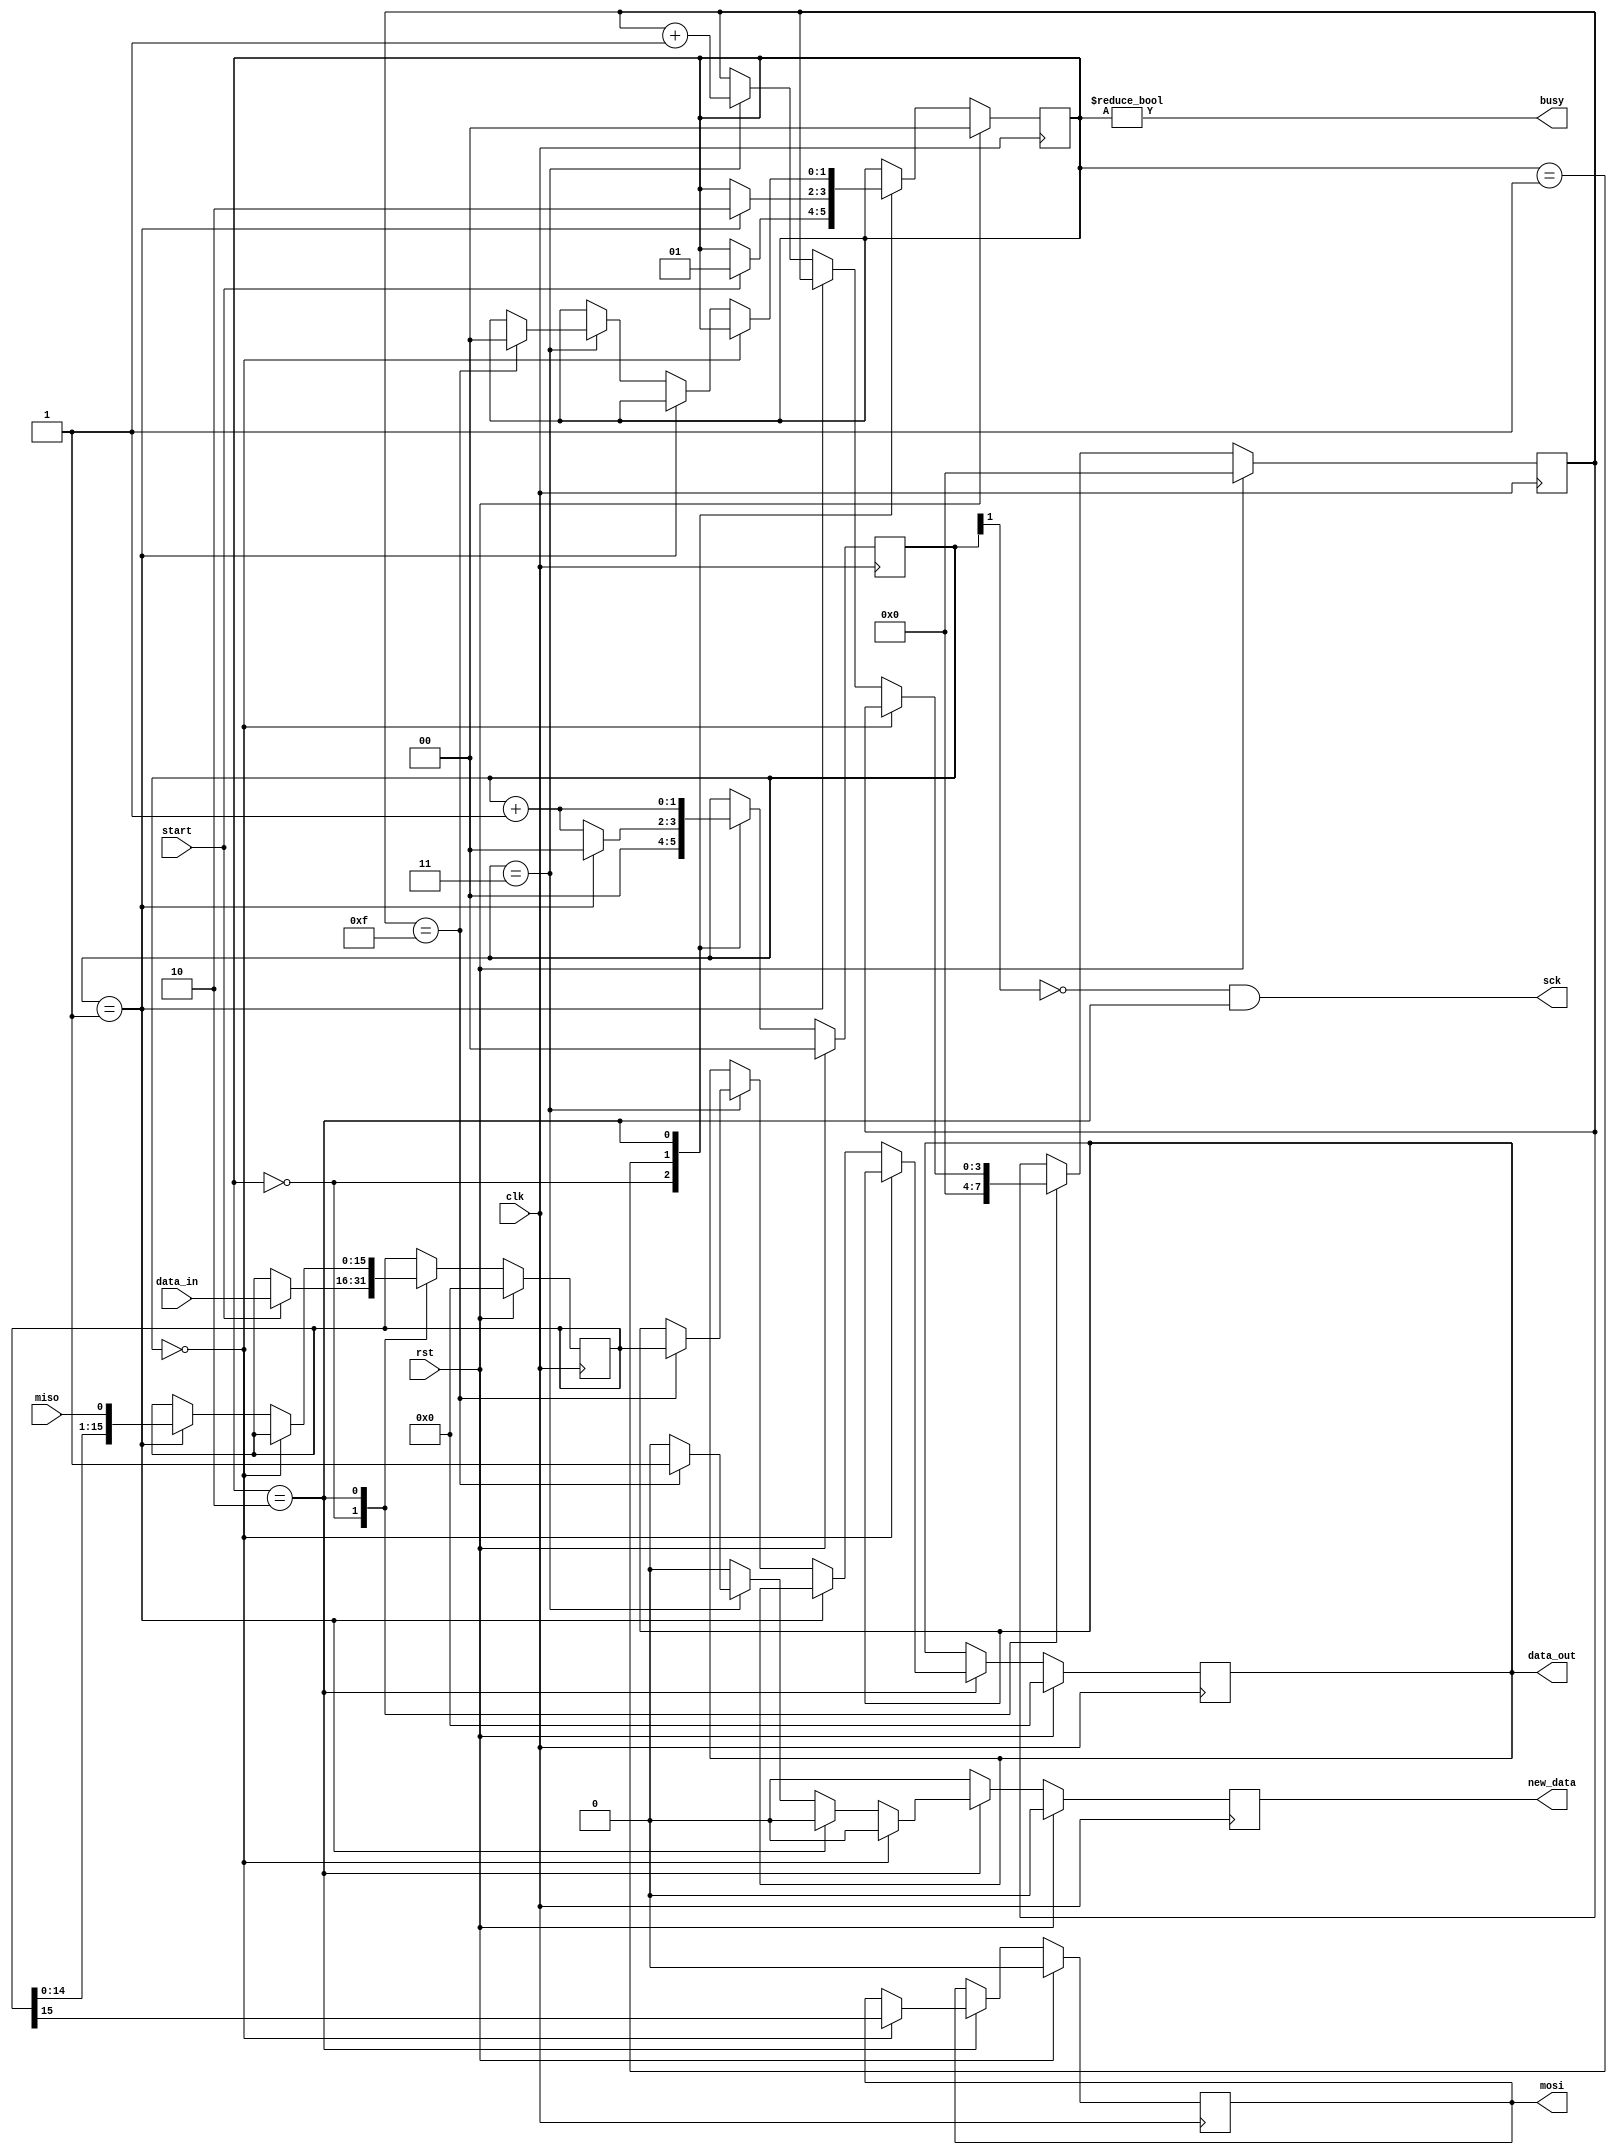
module spi_master #(parameter CLK_DIV = 2, DATA_WIDTH = 16)(
    input clk,
    input rst,
    input miso,
    output mosi,
    output sck,
    input start,
    input[DATA_WIDTH-1:0] data_in,
    output[DATA_WIDTH-1:0] data_out,
    output busy,
    output new_data
  );
   
  localparam STATE_SIZE = 2;
  localparam BIT_CNT_WIDTH=$clog2(DATA_WIDTH);
  
  localparam IDLE = 2'd0,
				 WAIT_HALF = 2'd1,
				 TRANSFER = 2'd2;
   
  reg [STATE_SIZE-1:0] state_d, state_q;
   
  reg [DATA_WIDTH-1:0] data_d, data_q;
  reg [CLK_DIV-1:0] sck_d, sck_q;
  reg mosi_d, mosi_q;
  reg [BIT_CNT_WIDTH-1:0] ctr_d, ctr_q;
  reg new_data_d, new_data_q;
  reg [DATA_WIDTH-1:0] data_out_d, data_out_q;
   
  assign mosi = mosi_q;
  assign sck = (~sck_q[CLK_DIV-1]) & (state_q == TRANSFER);
  assign busy = state_q != IDLE;
  assign data_out = data_out_q;
  assign new_data = new_data_q;
   
  always @(*) begin
    sck_d = sck_q;
    data_d = data_q;
    mosi_d = mosi_q;
    ctr_d = ctr_q;
    new_data_d = 1'b0;
    data_out_d = data_out_q;
    state_d = state_q;
     
    case (state_q)
	 
      IDLE: begin
        sck_d = 4'b0;              // reset clock counter
        ctr_d = {BIT_CNT_WIDTH{1'b0}};              // reset bit counter
        if (start == 1'b1) begin   // if start command
          data_d = data_in;        // copy data to send
          state_d = WAIT_HALF;     // change state
        end
      end
		
      WAIT_HALF: begin
        sck_d = sck_q + 1'b1;                  // increment clock counter
        if (sck_q == {CLK_DIV-1{1'b1}}) 
		  begin  // if clock is half full (about to fall)
          sck_d = 1'b0;                        // reset to 0
          state_d = TRANSFER;                  // change state
        end
      end
		
      TRANSFER: begin
        sck_d = sck_q + 1'b1;                           // increment clock counter
       
		  if (sck_q == 4'b0000) 
		  begin                     								// if clock counter is 0
			  mosi_d = data_q[DATA_WIDTH-1];                // output the MSB of data
		  end 
		  
		  else if (sck_q == {CLK_DIV-1{1'b1}}) 
		  begin  // else if it's half full (about to fall)
			  data_d = {data_q[DATA_WIDTH-2:0], miso};                 // read in data (shift in)!!!
		  end 
		  
		  else if (sck_q == {CLK_DIV{1'b1}}) // else if it's full (about to rise)
		  begin    
				 ctr_d = ctr_q + 1'b1;                         // increment bit counter
				 if (ctr_q == /*{BIT_CNT_WIDTH{1'b1}}*/(DATA_WIDTH-1)) 
				 begin                    // if we are on the last bit
					state_d = IDLE;                             // change state
					data_out_d = data_q;                        // output data
					new_data_d = 1'b1;                          // signal data is valid
				 end			 
		  end
		end
    endcase
  end
   
  always @(posedge clk) begin
    if (rst) begin
      ctr_q <= {BIT_CNT_WIDTH{1'b0}};
      data_q <= {DATA_WIDTH{1'b0}};
      sck_q <= 4'b0;
      mosi_q <= 1'b0;
      state_q <= IDLE;
      data_out_q <= {DATA_WIDTH{1'b0}};
      new_data_q <= 1'b0;
    end else begin
      ctr_q <= ctr_d;
      data_q <= data_d;
      sck_q <= sck_d;
      mosi_q <= mosi_d;
      state_q <= state_d;
      data_out_q <= data_out_d;
      new_data_q <= new_data_d;
    end
  end
   
endmodule

//-----------------------testbench----------------------------
/*`timescale 1 ps/ 1 ps
module spi_master_tb();

	 parameter CLK_DIV = 2;
	 parameter DATA_WIDTH = 16;
	 parameter BIT_CNT_WIDTH = 4;
	 
	 reg clk;
    reg rst;
    reg miso;
    wire mosi;
    wire sck;
    reg start;
    reg[DATA_WIDTH-1:0] data_in;
    wire[DATA_WIDTH-1:0] data_out;
    wire busy;
    wire new_data;
	 
	 reg[DATA_WIDTH-1:0] slave_test_data;
	 reg[BIT_CNT_WIDTH-1:0] slave_test_count;
	 
	 
	 spi_master #(CLK_DIV,DATA_WIDTH) dac_spi_master(.clk(clk),.rst(rst),.miso(miso),.mosi(mosi),.sck(sck),.start(start),.data_in(data_in),.data_out(data_out),.busy(busy),.new_data(new_data));

	 initial
	 begin
		clk=0;
		start=0;
		rst=1;
		#500
		rst=0;
		#500
		
		slave_test_data=16'b1111000011110000;
		slave_test_count=4'b0;
		
		data_in=16'b0101010101010101;
		#500
		start=1;
		
	 end
	 
	   always @(negedge sck) 
		begin
			miso=slave_test_data[DATA_WIDTH-1];
			slave_test_data={slave_test_data[DATA_WIDTH-2:0], 1'b0}; 
			slave_test_count=slave_test_count+1'b1;
			
			if(slave_test_count == {BIT_CNT_WIDTH{1'b1}})
			begin
				slave_test_data=16'b1111000011110000;
			end
			
		end
	 
	 always 
		#5  clk =  ! clk;    
endmodule*/